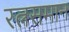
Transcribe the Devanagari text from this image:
रत्नसमान